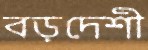
বড়দেশী